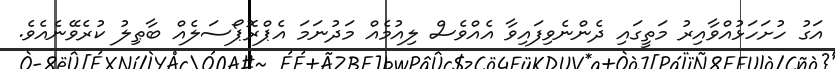
އަގު ހުށަހަޅުއްވާއިރު މަތީގައި ދެންނެވިފައިވާ އެއްވެސް ލިއުމެއް މަދުނަމަ އެޕްރޮޕޯސަލެއް ބާޠިލު ކުރެވޭނެއެވެ.